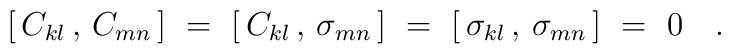
[ \, C_{kl} \, , \, C_{mn} \, ]~=~  [ \, C_{kl} \, , \, \sigma_{mn} \, ]~=~  [ \, \sigma_{kl} \, , \, \sigma_{mn} \, ]~=~0~~~.